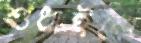
শুধাইলে